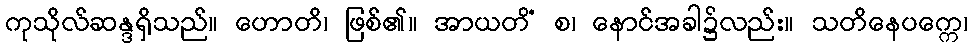
ကုသိုလ်ဆန္ဒရှိသည်။ ဟောတိ၊ ဖြစ်၏။ အာယတိံ စ၊ နောင်အခါ၌လည်း။ သတိနေပက္ကေ၊